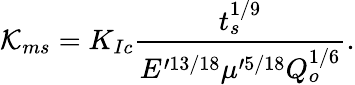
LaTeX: \mathcal{K}_{ms}=K_{Ic}\frac{t_{s}^{1/9}}{E^{\prime 13/18}\mu^{\prime 5/18}Q_{o}^{1/6}}.